Scottish Leaving Certificate Examination, 1960
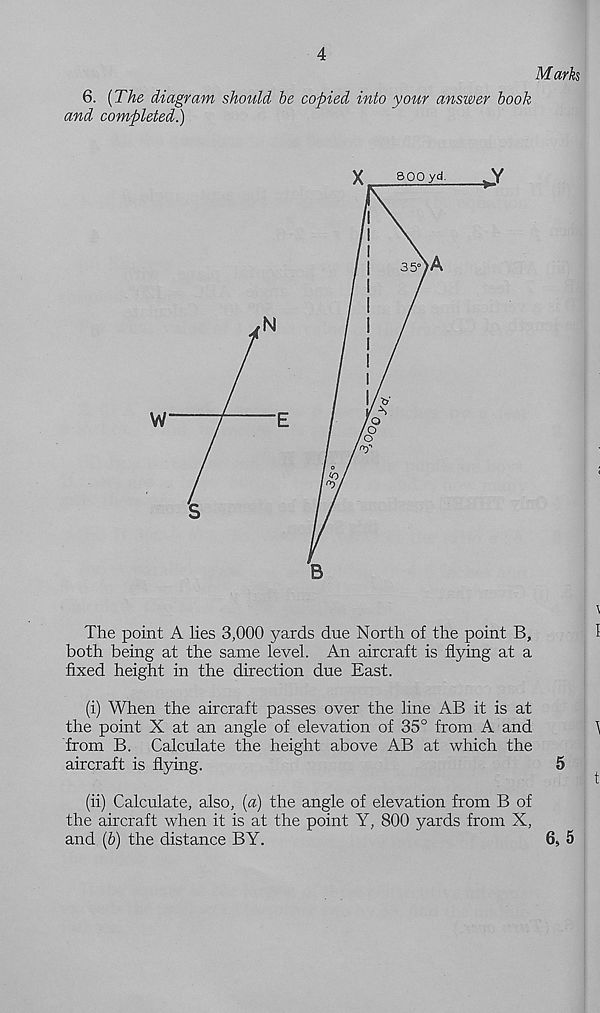
4
Mark
6. {The diagram should be copied into your answer book
and completed.)
The point A lies 3,000 yards due North of the point B,
both being at the same level. An aircraft is flying at a
fixed height in the direction due East.
(i) When the aircraft passes over the line AB it is at
the point X at an angle of elevation of 35° from A and
from B. Calculate the height above AB at which the
aircraft is flying.
5
(ii) Calculate, also, {a) the angle of elevation from B of
the aircraft when it is at the point Y, 800 yards from X,
and (&) the distance BY.
6 S 5